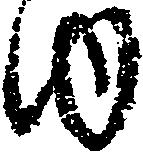
ゆ